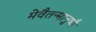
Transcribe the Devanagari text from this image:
मेवैतन्मानुष्यै